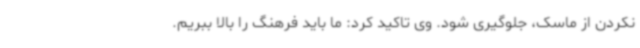
نکردن از ماسک، جلوگیری شود. وی تاکید کرد: ما باید فرهنگ را بالا ببریم.